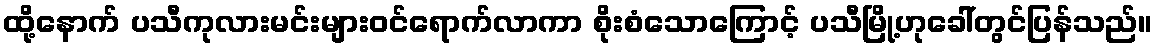
ထို့နောက် ပသီကုလားမင်းများဝင်ရောက်လာကာ စိုးစံသောကြောင့် ပသီမြို့ဟုခေါ်တွင်ပြန်သည်။